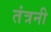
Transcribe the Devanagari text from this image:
तंत्रनी